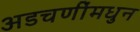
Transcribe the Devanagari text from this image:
अडचणींमधुन